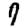
Digit: 7